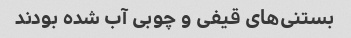
بستنی‌های قیفی و چوبی آب شده بودند